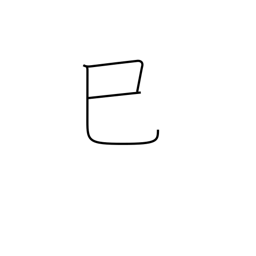
Meaning: sign of the snake or serpent